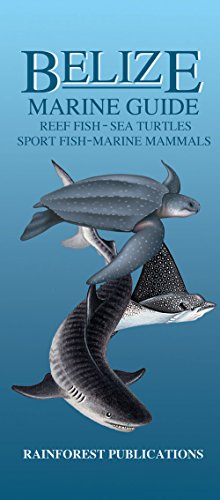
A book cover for Belize Marine Guide; Rainforest Publications; Travel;